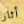
أثار